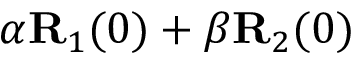
\alpha { \bf R } _ { 1 } ( 0 ) + \beta { \bf R } _ { 2 } ( 0 )